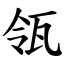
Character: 瓴